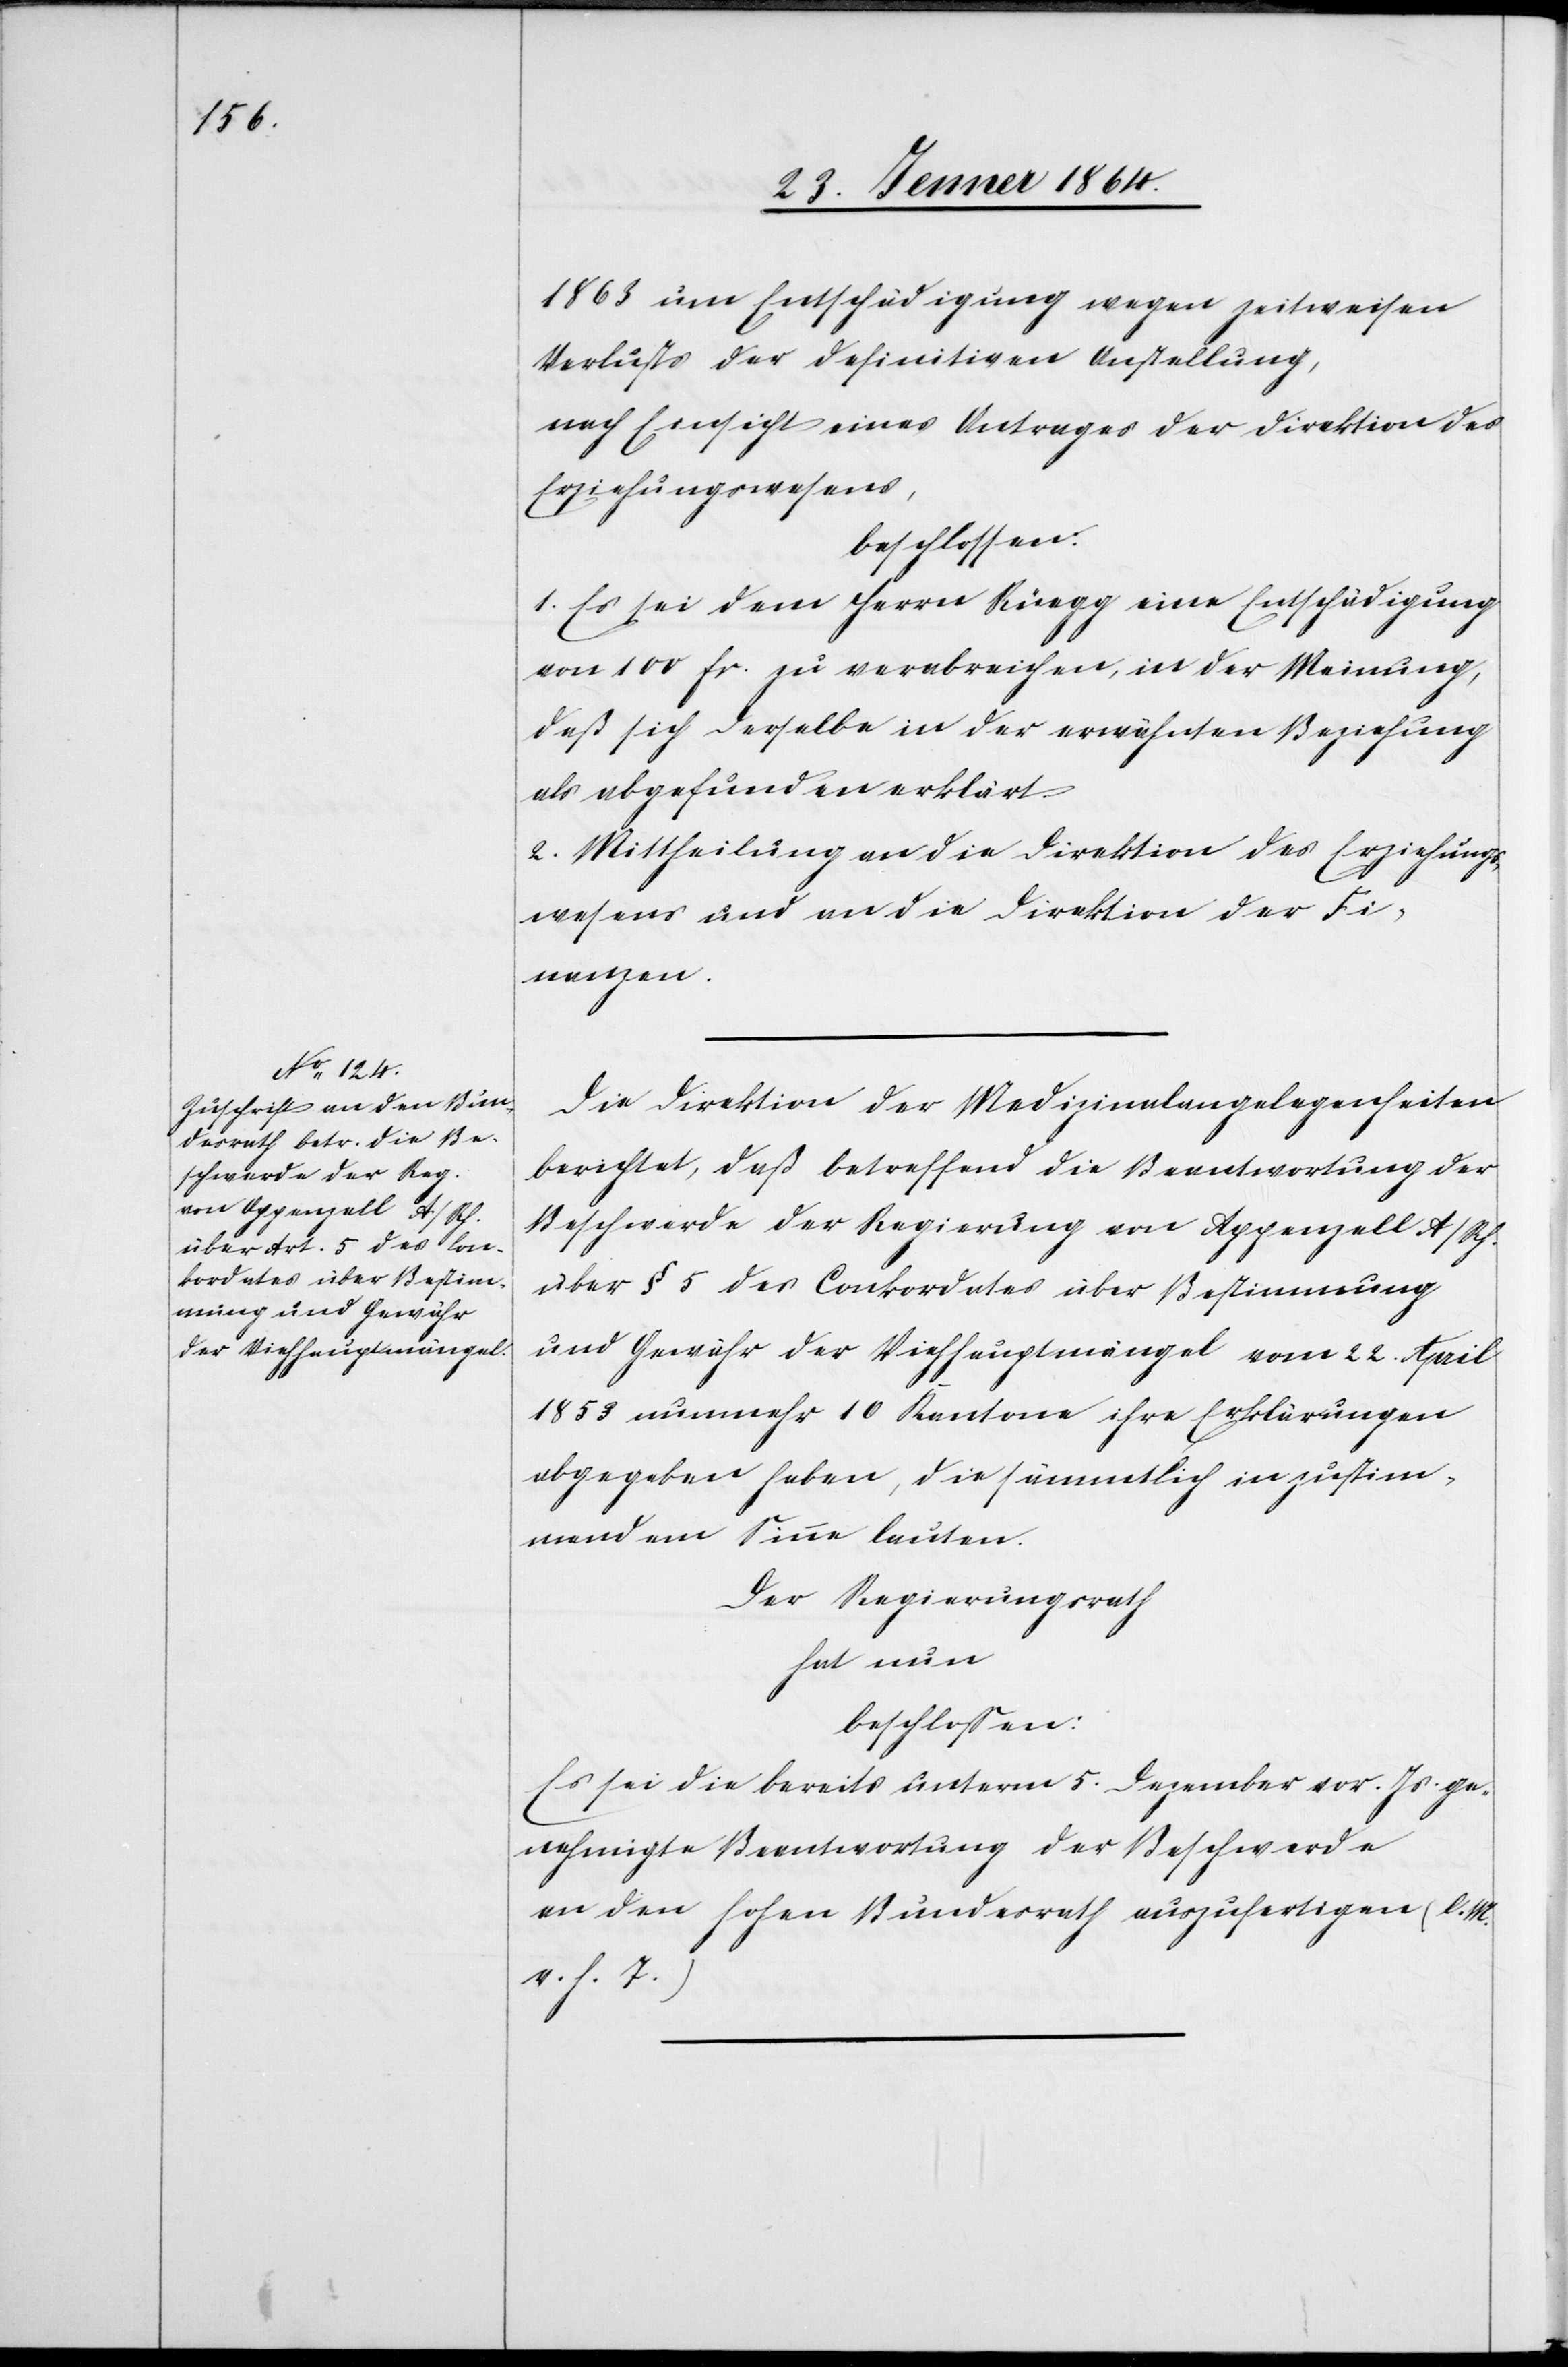
1863 um Entschädigung wegen zeitweisen
Verlusts der definitiven Anstellung,
nach Einsicht eines Antrages der Direktion der
Erziehungswesens,
beschlossen:
1. Es sei dem Herrn Rüegg eine Entschädigung
von 100 fr. zu verabreichen, in der Meinung,
daß sich derselbe in der erwähnten Beziehung
als abgefunden erklärt.
2. Mittheilung an die Direktion des Erziehungs¬
wesens und an die Direktion der Fi¬
nanzen.
Die Direktion der Medizinalangelegenheiten
berichtet, daß betreffend die Beantwortung der
Beschwerde der Regierung von Appenzell A/Rh.
über § 5 des Conkordates über Bestimmung
und Gewähr der Viehhauptmängel vom 22. April
1853 nunmehr 10 Kantone ihre Erklärungen
abgegeben haben, die sämmtlich in zustim¬
mendem Sinn lauten.
Der Regierungsrath
hat nun
beschlossen:
Es sei die bereits unterm 5. Dezember vor. Js. ge¬
nehmigte Beantwortung der Beschwerde
an den hohen Bundesrath auszufertigen (l. M.
v. h. T.)